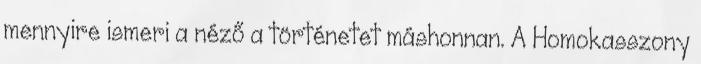
mennyire ismeri a néző a történetet máshonnan. A Homokasszony